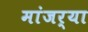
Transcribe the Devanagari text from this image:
मांजर्‍या